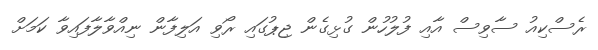
ރެސްކިއު ސާވިސް އާއި ފުލުހުން ގުޅިގެން ޖިޕުގައި ރޯވި އަލިފާން ނިއްވާލާފައިވާ ކަމަށް